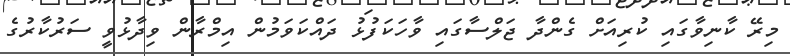
މިރޭ ކާނިވާގައި ކުރިއަށް ގެންދާ ޖަލްސާގައި ވާހަކަފުޅު ދައްކަވަމުން އިމްރާން ވިދާޅުވީ ސަރުކާރުގެ